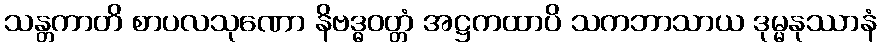
သန္တကာတိ စာပလသုဏော နိဗဒ္ဓဝတ္တံ အဋ္ဌကထာပိ သကဘာသာယ ဒုမ္မနုဿာနံ